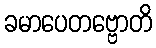
ခမာပေတဗ္ဗောတိ